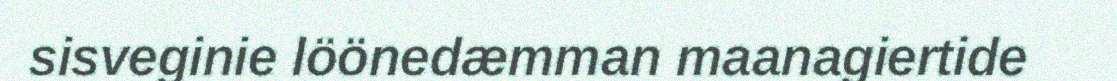
sisveginie löönedæmman maanagiertide